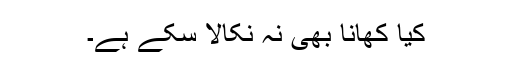
کیا کھانا بھی نہ نکالا سکے ہے۔